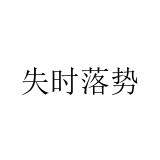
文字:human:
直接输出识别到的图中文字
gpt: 失时落势